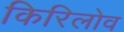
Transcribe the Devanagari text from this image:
किरिलोव